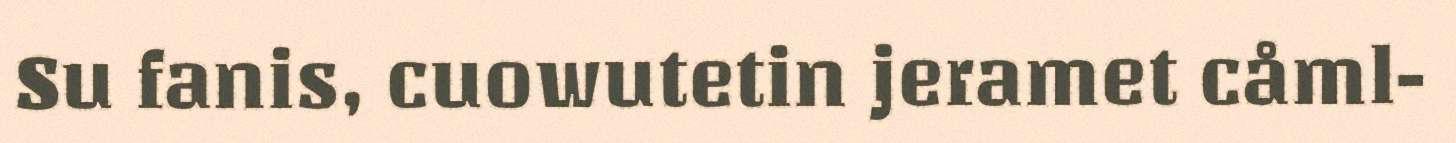
Su fanis, cuowutetin jeramet cåml-